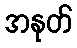
အနုတ်